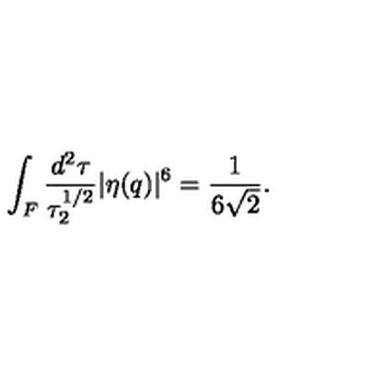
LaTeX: \int _ { F } \frac { d ^ { 2 } \tau } { \tau _ { 2 } ^ { 1 / 2 } } | \eta ( q ) | ^ { 6 } = \frac { 1 } { 6 \sqrt { 2 } } .